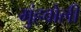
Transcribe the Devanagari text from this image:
मुंहबोली